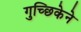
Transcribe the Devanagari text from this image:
गुच्छिकेने